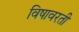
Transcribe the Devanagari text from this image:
विषावरती